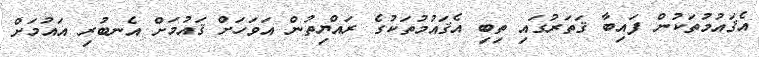
އެޤައުމުތަކުން ފައިބާ ޤަތަރުގައި ތިބި އެޤައުމުތަކުގެ ރައްޔިތުން އަވަހަށް ޤައުމަށް އެނބުރި އައުމަށް